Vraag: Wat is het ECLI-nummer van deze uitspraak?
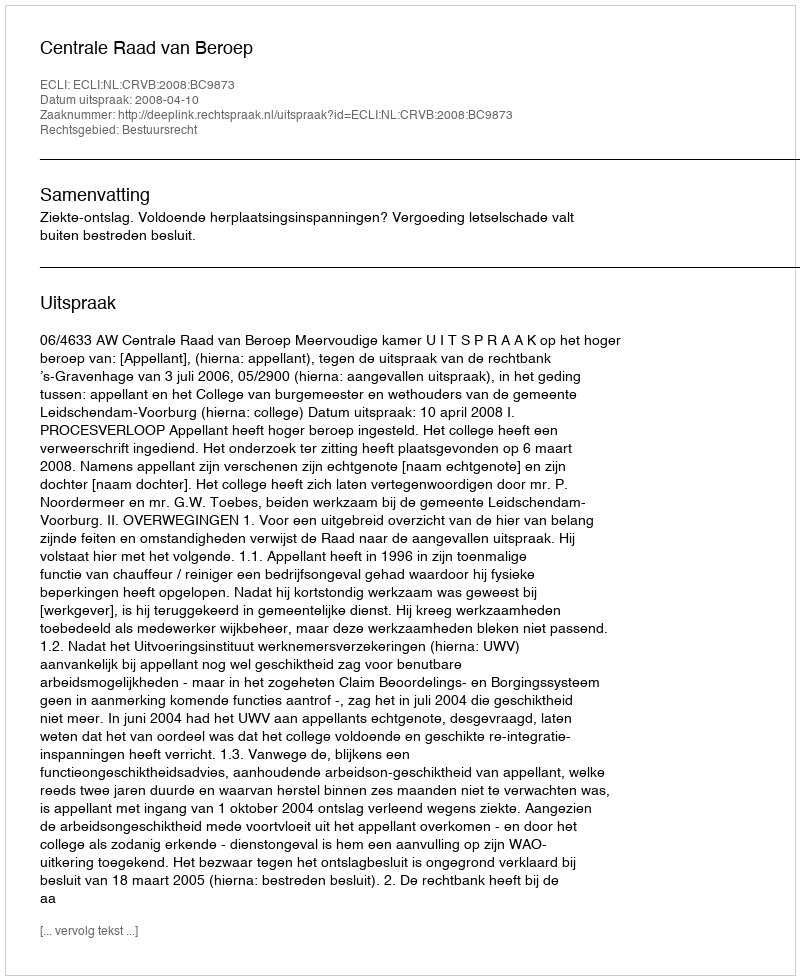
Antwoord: ECLI:NL:CRVB:2008:BC9873